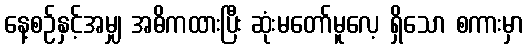
နေ့စဉ်နှင့်အမျှ အဓိကထားပြီး ဆုံးမတော်မူလေ့ ရှိသော စကားမှာ